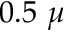
0 . 5 ~ \mu